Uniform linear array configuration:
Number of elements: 32
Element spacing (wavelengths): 0.5
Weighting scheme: uniform
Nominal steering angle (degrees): -30
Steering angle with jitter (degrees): -31.011
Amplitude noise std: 0.05
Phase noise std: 0.05

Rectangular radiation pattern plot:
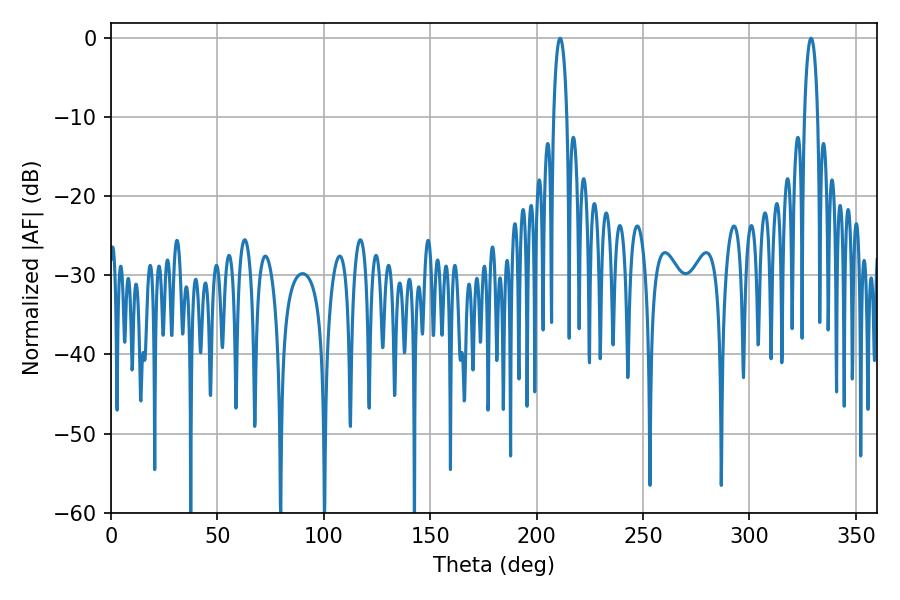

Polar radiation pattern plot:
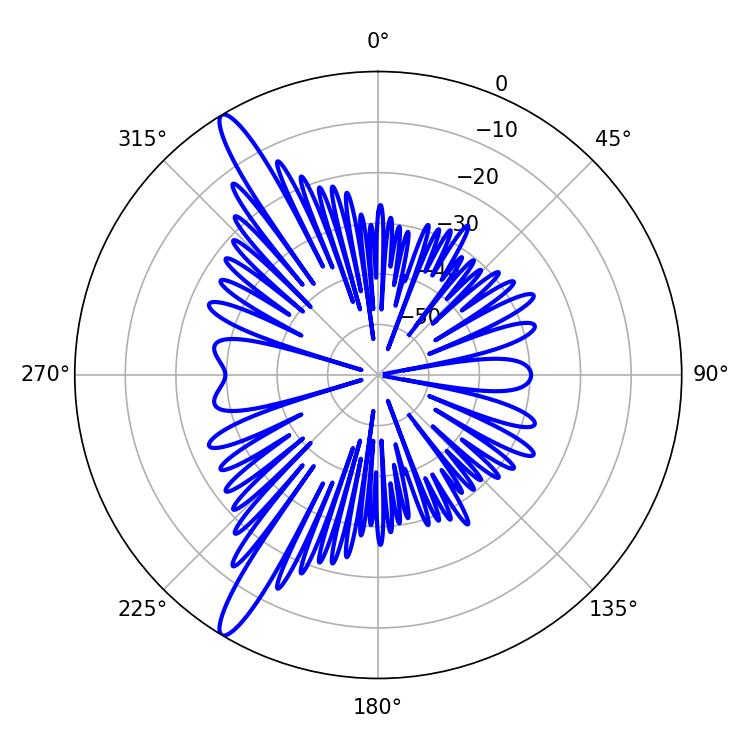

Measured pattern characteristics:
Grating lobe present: FALSE
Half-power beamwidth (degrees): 3.42
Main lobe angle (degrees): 210.96